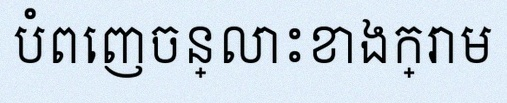
បំពេញចន្លោះខាងក្រោម